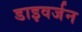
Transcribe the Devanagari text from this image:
डाइवर्जन